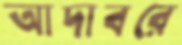
আদাবরে